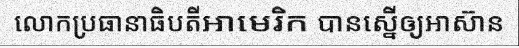
លោកប្រធានាធិបតីអាមេរិក បានស្នើឲ្យអាស៊ាន